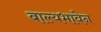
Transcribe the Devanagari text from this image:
बाल्यभावेन